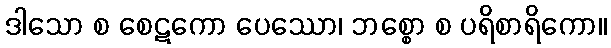
ဒါသော စ စေဋကော ပေဿော၊ ဘစ္စော စ ပရိစာရိကော။